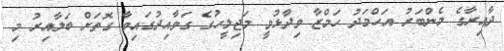
ދާއިރާގެ މެންބަރު އަހްމަދު ހަމްޒާ ވިދާޅުވީ މަޖިލީހުގެ ގަވާއިދުގައިވާ ގޮތަށް ބަލާއިރު މި